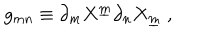
g _ { m n } \equiv \partial _ { m } X ^ { \underline { { { m } } } } \partial _ { n } X _ { \underline { { { m } } } } ~ ,